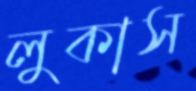
লুকাস